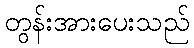
တွန်းအားပေးသည်